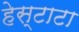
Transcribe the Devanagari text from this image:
हेस्टाटा